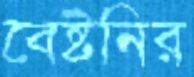
বেষ্টনির